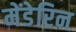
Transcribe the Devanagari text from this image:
मेंडेरिन